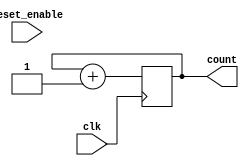

module freq_divider(clk,count,reset_enable);

//INPUTS:
input clk,reset_enable;
//clk - WIRE FROM OUTPUT OF THE PLL TO THE FREQUENCY DIVIDER 

//OUTPUTS:
output reg [23:0] count;
//count - REGISTER THAT DIVIDES THE PLL OUTPUT SIGNAL AND PRODUCES 1 Hz SIGNAL

//////////////////////////////FREQUENCY DIVIDER//////////////////////////////////////////////////////////////////
always @(posedge clk)
begin
	if (reset_enable)
		count <= 0;
	count <=count + 1;
end
endmodule
////////////////////////////////////////////////////////////////////////////////////////////////////////////////